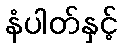
နံပါတ်နှင့်